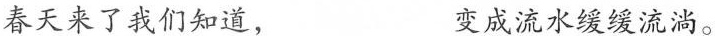
春天来了我们知道， 变成流水缓缓流淌。